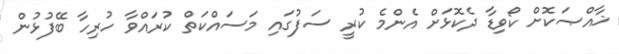
ޚާއްޞަކޮށް ކޯވިޑާ ދެކޮޅަށް އެންމެ ކުރީ ސަފުގައި މަސައްކަތް ކުރައްވާ ހުރިހާ ބޭފުޅުން